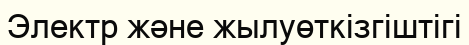
Электр жəне жылуөткізгіштігі